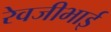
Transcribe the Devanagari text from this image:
रेवजीभाई